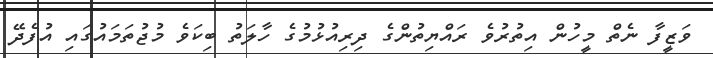
ވަޒީފާ ނެތް މީހުން އިތުރުވެ ރައްޔިތުންގެ ދިރިއުޅުމުގެ ހާލަތު ބިކަވެ މުޖުތަމައުގައި އުފެދޭ